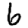
Digit: 6